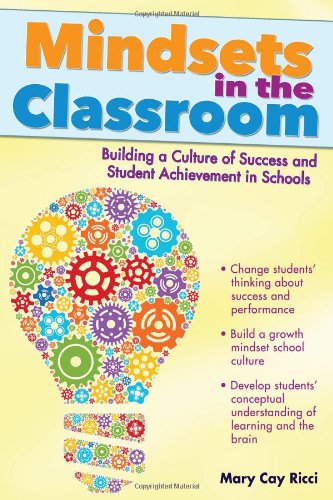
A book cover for Mindsets in the Classroom: Building a Culture of Success and Student Achievement in Schools; Mary Cay Ricci; Education & Teaching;